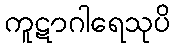
ကူဋာဂါရေသုပိ